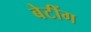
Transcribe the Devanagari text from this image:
बेटींग